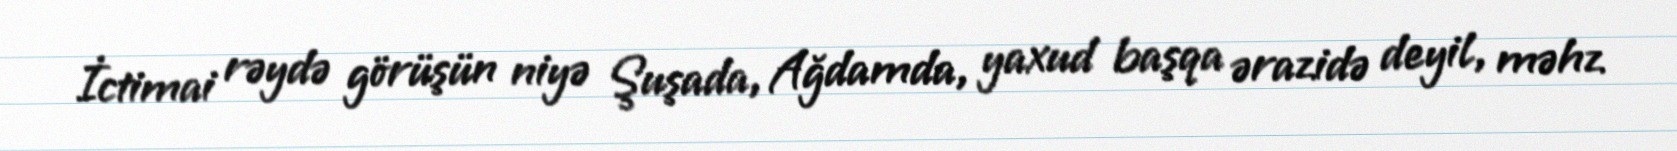
İctimai rəydə görüşün niyə Şuşada, Ağdamda, yaxud başqa ərazidə deyil, məhz